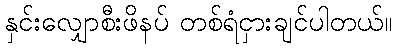
နှင်းလျှောစီးဖိနပ် တစ်ရံငှားချင်ပါတယ်။